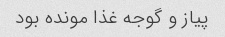
پیاز و گوجه غذا مونده بود